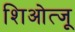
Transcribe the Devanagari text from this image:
शिओत्जू